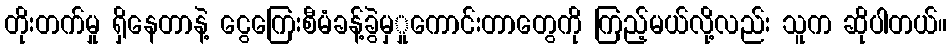
တိုးတက်မှု ရှိနေတာနဲ့ ငွေကြေးစီမံခန့်ခွဲမှှုကောင်းတာတွေကို ကြည့်မယ်လို့လည်း သူက ဆိုပါတယ်။